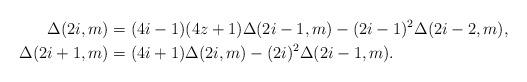
LaTeX: \begin{align*}\Delta(2i,m) &= (4i-1)(4z+1) \Delta(2i-1,m) -(2i-1)^2 \Delta(2i-2,m),\\ \Delta(2i+1,m) &= (4i+1) \Delta(2i,m) -(2i)^2 \Delta(2i-1,m). \end{align*}